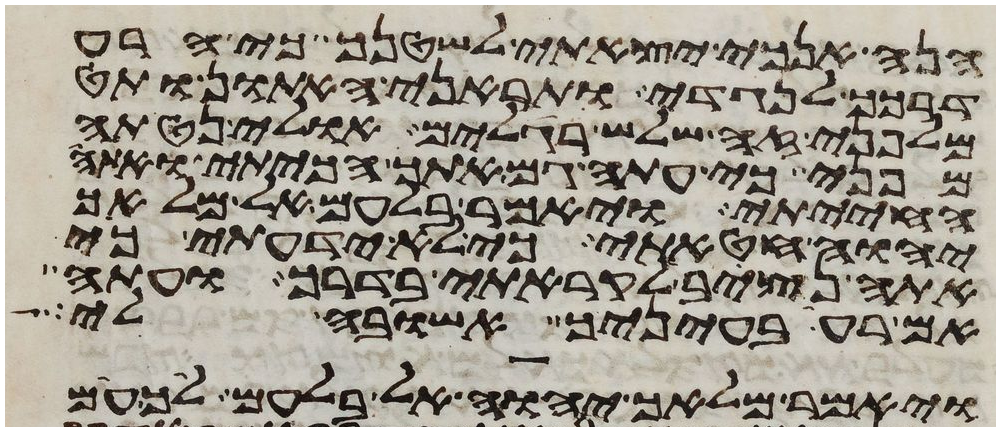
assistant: הנה אנכי יצאתי לשטנך כי הרע
דרכך לנגדי ותראני האתון ותט
מלפני זה שלש רגלים אולי נטתה
מפני כי עתה גם אתך הכיתי ואתה
החייתי ויאמר בלעם אל מלאך
יהוה חטאתי כי לא ידעתי כי
אתה נצב לקראתי בדרך ועתה
אם רעה בעיניך אשובה לי
ויאמר מלאך יהוה אל בלעם לך עם